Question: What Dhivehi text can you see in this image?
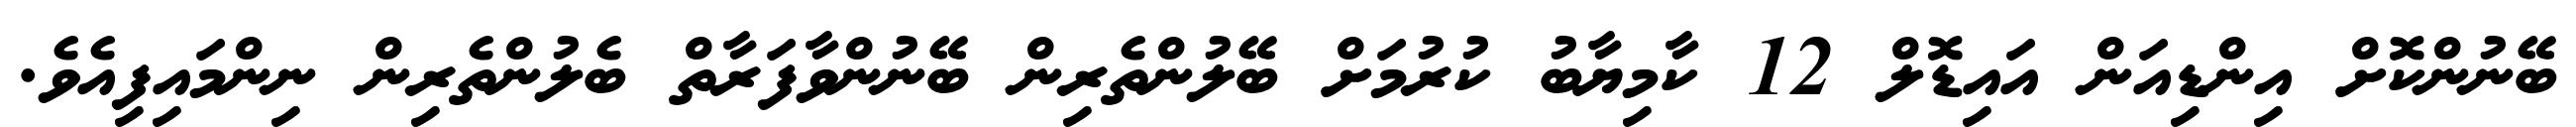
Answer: ބޭނުންކޮށް އިންޑިއަން އައިޑޮލް 12 ކާމިޔާބު ކުރުމަށް ބޭލުންތެރިން ބޭނުންވާފަރާތް ބެލުންތެރިން ނިންމައިފިއެވެ.